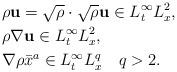
LaTeX: \begin{align*}& \rho\mathbf{u}=\sqrt{\rho}\cdot\sqrt{\rho}\mathbf{u}\in L^\infty_tL^2_x,\\& \rho\nabla\mathbf{u}\in L^\infty_tL^2_x,\\& \nabla\rho\bar{x}^a\in L^\infty_tL^q_x\ \ \ q>2.\end{align*}